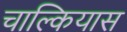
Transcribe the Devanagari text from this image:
चाल्कियास